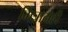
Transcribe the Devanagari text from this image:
मित्रानेही